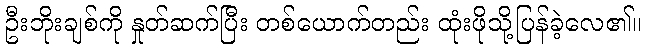
ဦးဘိုးချစ်ကို နှုတ်ဆက်ပြီး တစ်ယောက်တည်း ထုံးဖိုသို့ပြန်ခဲ့လေ၏။